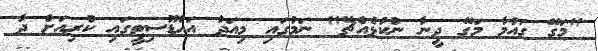
"މަގޭ ގައުމާ މަގޭ ދީނާ ނުކުޅެއްޗޭ" ނަމުގައި މިއަދު އައްޑޫސިޓީގައި ކުރިއަށް ދާ